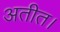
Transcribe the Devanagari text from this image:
अतीत।